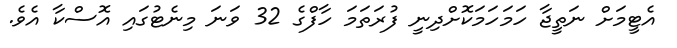
އެޓީމަށް ނަތީޖާ ހަމަހަމަކޮށްދިނީ ފުރަތަމަ ހާފްގެ 32 ވަނަ މިނެޓުގައި އޮސްކާ އެވެ.